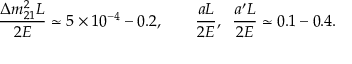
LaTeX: \frac { \Delta m _ { 2 1 } ^ { 2 } L } { 2 E } \simeq 5 \times 1 0 ^ { - 4 } - 0 . 2 , \qquad \frac { a L } { 2 E } , \; \; \frac { a ^ { \prime } L } { 2 E } \simeq 0 . 1 - 0 . 4 .